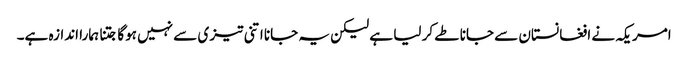
امریکہ نے افغانستان سے جانا طے کر لیا ہے لیکن یہ جانا اتنی تیز ی سے نہیں ہوگا جتنا ہمارا اندازہ ہے۔